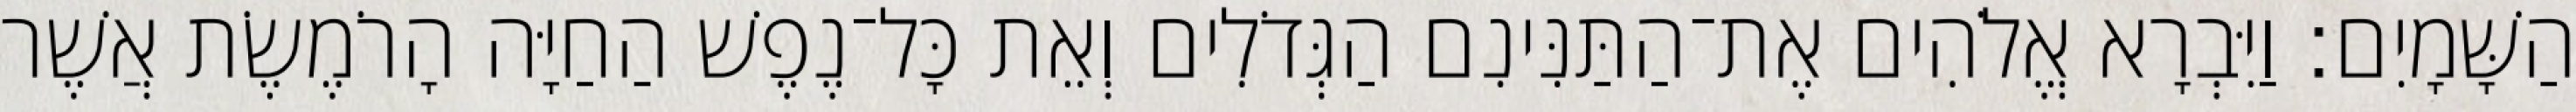
הַשָּׁמָיִם׃ וַיִּבְרָא אֱלֹהִים אֶת־הַתַּנִּינִם הַגְּדֹלִים וְאֵת כָּל־נֶפֶשׁ הַחַיָּה הָרֹמֶשֶׂת אֲשֶׁר